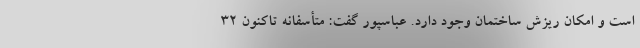
است و امکان ریزش ساختمان وجود دارد. عباسپور گفت: متأسفانه تاکنون ۳۲